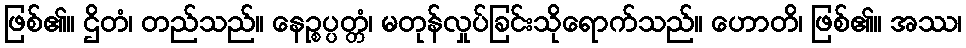
ဖြစ်၏။ ဌိတံ၊ တည်သည်။ နေဉ္စပ္ပတ္တံ၊ မတုန်လှုပ်ခြင်းသိုရောက်သည်။ ဟောတိ၊ ဖြစ်၏။ အဿ၊